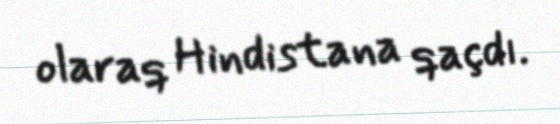
olaraq Hindistana qaçdı.